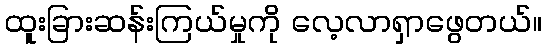
ထူးခြားဆန်းကြယ်မှုကို လေ့လာရှာဖွေတယ်။